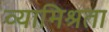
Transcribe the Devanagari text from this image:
व्यामिश्रता